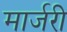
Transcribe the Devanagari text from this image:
मार्जरी